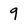
Character: 9